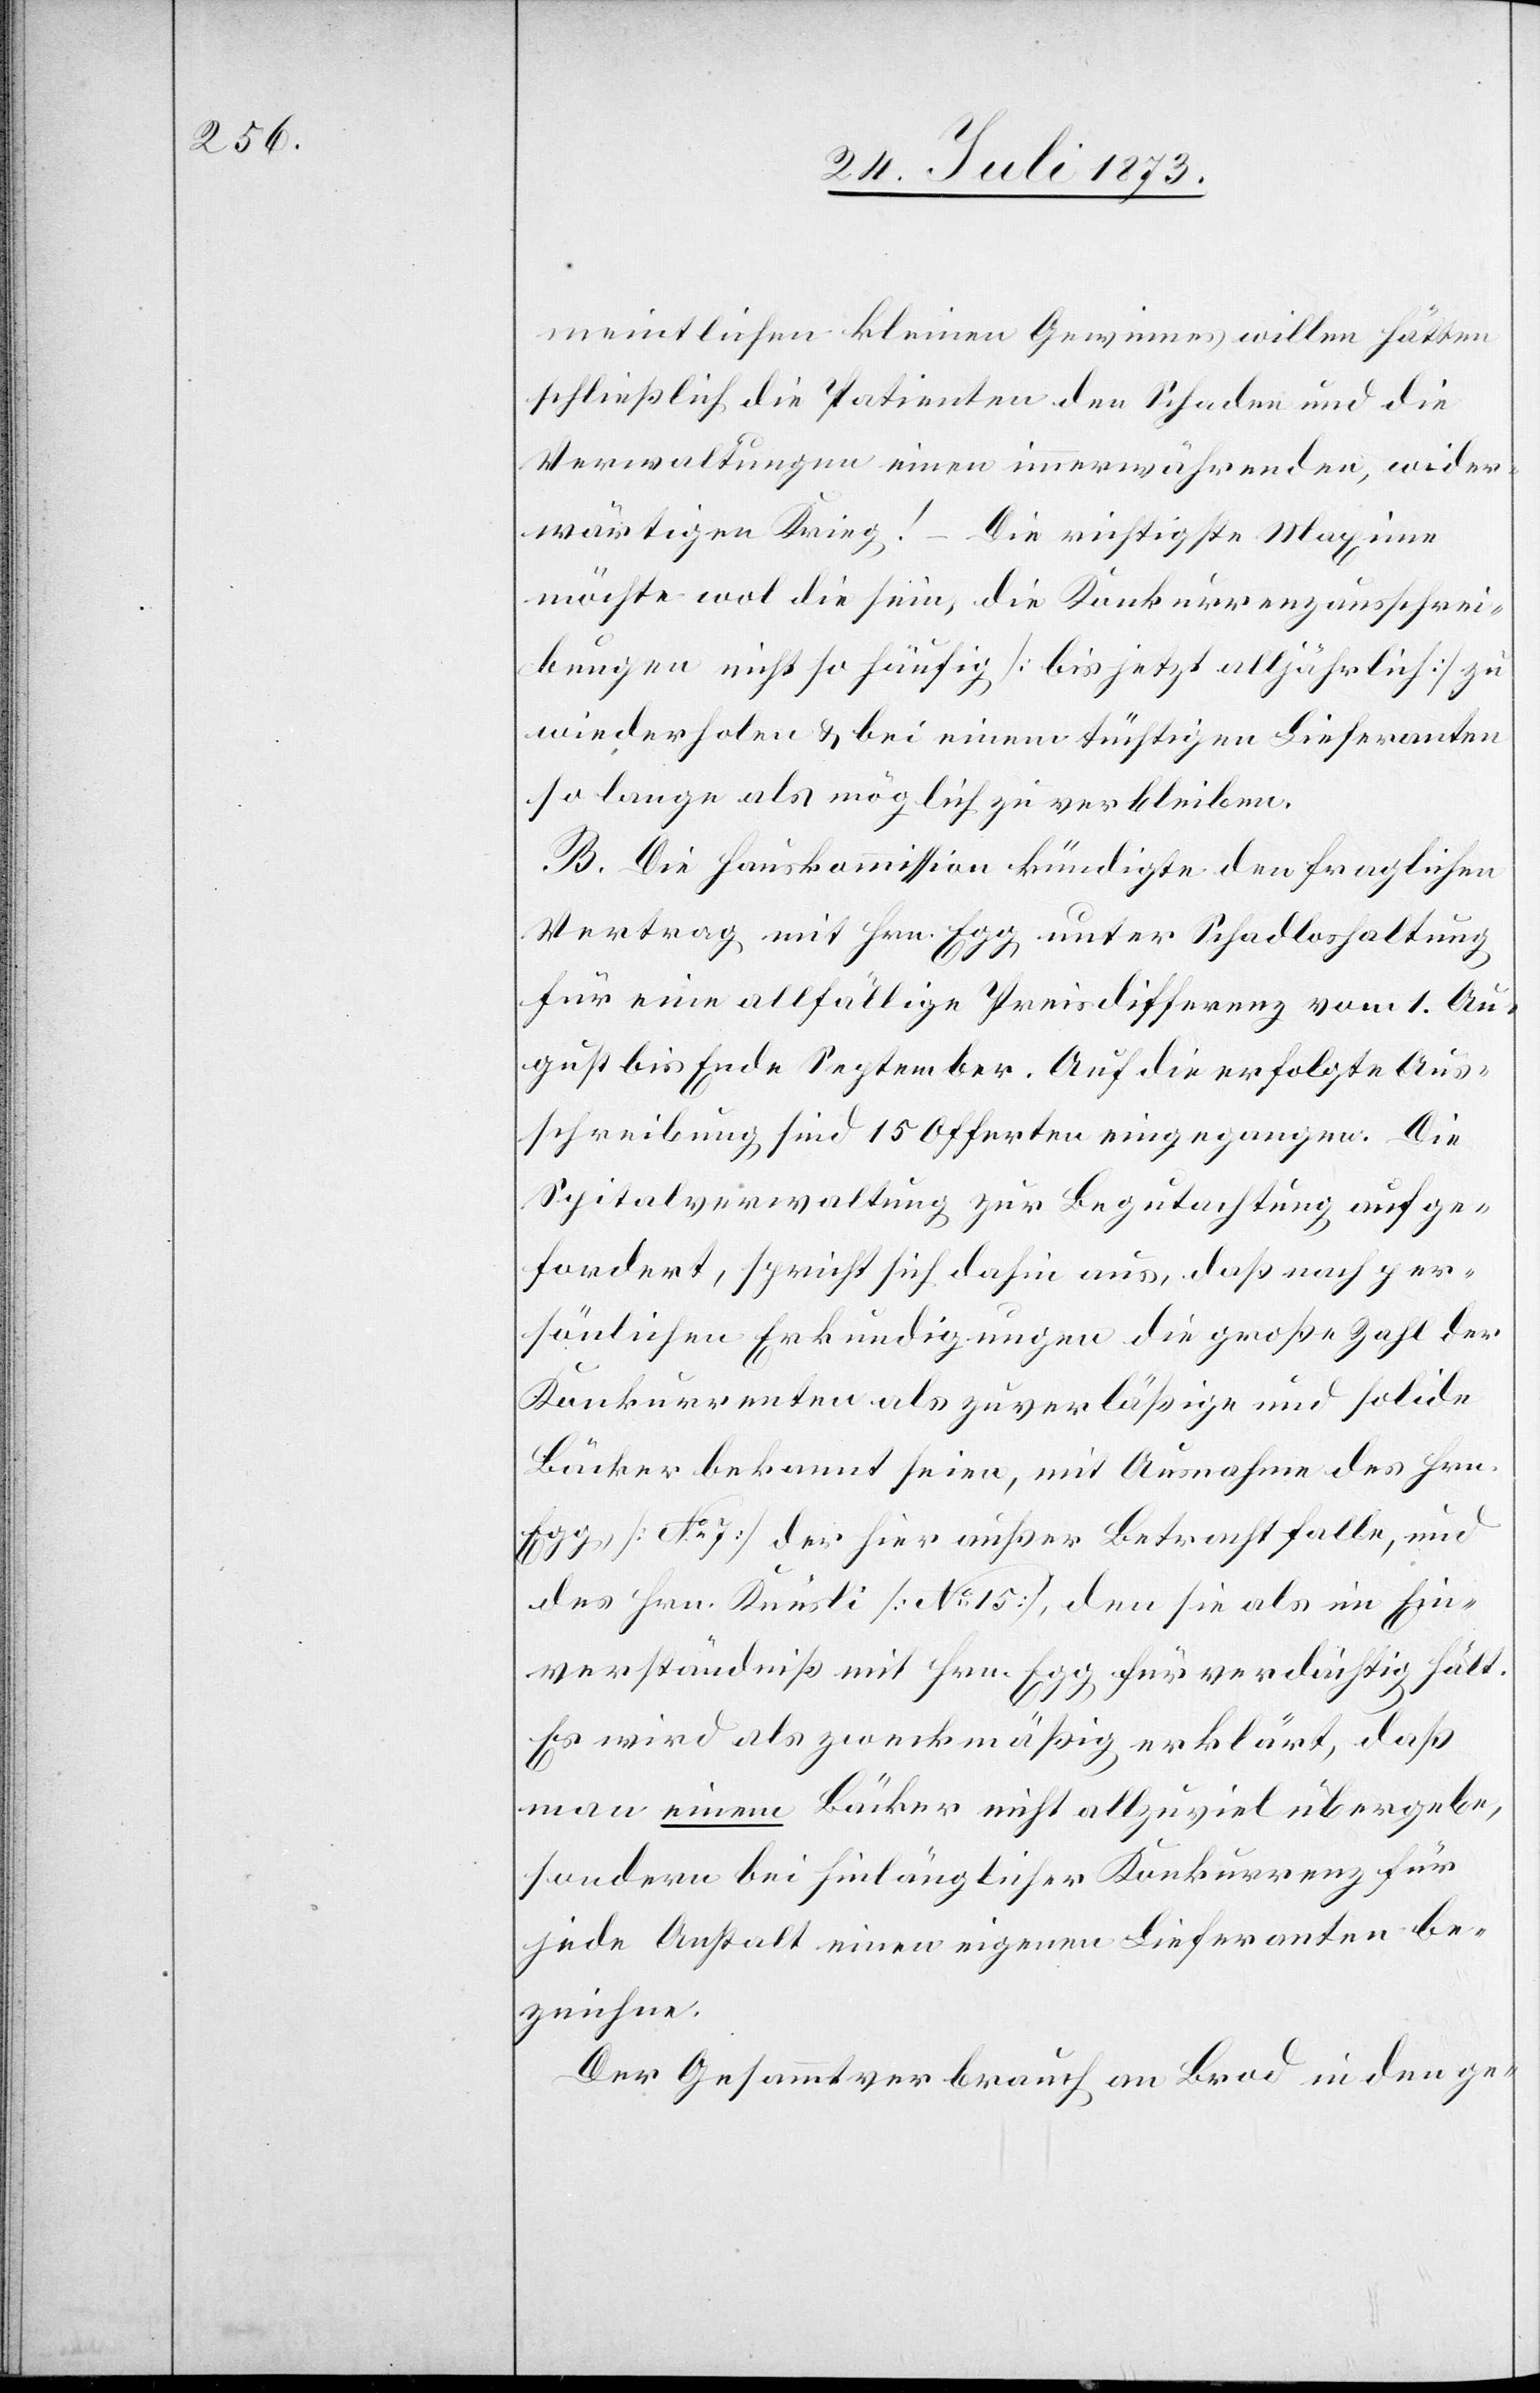
meintlichen kleinen Gewinnes willen hätten
schließlich die Patienten den Schaden und die
Verwaltungen einen immerwährenden, wider¬
wärtigen Krieg! – Die richtigste Maxime
möchte wol die sein, die Konkurrenzausschrei¬
bungen nicht so häufig [bis jetzt alljährlich] zu
wiederholen & bei einem tüchtigen Lieferanten
so lange als möglich zu verbleiben.
B. Die Hauskommission kündigte den fraglichen
Vertrag mit Hrn. Egg unter Schadloshaltung
für eine allfällige Preisdifferenz vom 1. Au¬
gust bis Ende September. Auf die erfolgte Aus¬
schreibung sind 15 Offerten eingegangen. Die
Spitalverwaltung zur Begutachtung auf ge¬
fordert, spricht sich dahin aus, daß nach per¬
sönlichen Erkundigungen die große Zahl der
Konkurrenten als zuverläßige und solide
Bäcker bekannt seien, mit Ausnahme des Hrn.
Egg [No 7] der hier außer Betracht falle, und
des Hrn. Knüsli [No 15], den sie als im Ein¬
verständniß mit Hrn. Egg für verdächtig hält.
Es wird als zweckmäßig erklärt, daß
man einem Bäcker nicht allzu viel übergebe,
sondern bei hinlänglicher Konkurrenz für
jede Anstalt einen eigenen Lieferanten be¬
zeichne.
Der Gesammtverbrauch an Brod in den ge-